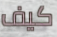
كيف